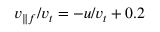
v _ { \parallel f } / v _ { t } = - u / v _ { t } + 0 . 2